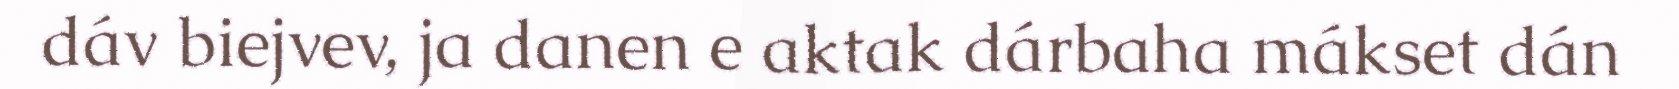
dáv biejvev, ja danen e aktak dárbaha mákset dán